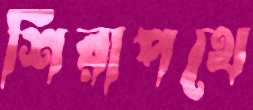
শিরাপথে